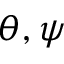
\theta , \psi